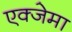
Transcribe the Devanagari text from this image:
एक्जेमा